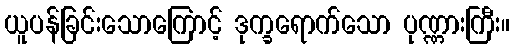
ယူပန်ခြင်းသောကြောင့် ဒုက္ခရောက်သော ပုဏ္ဏားကြီး။